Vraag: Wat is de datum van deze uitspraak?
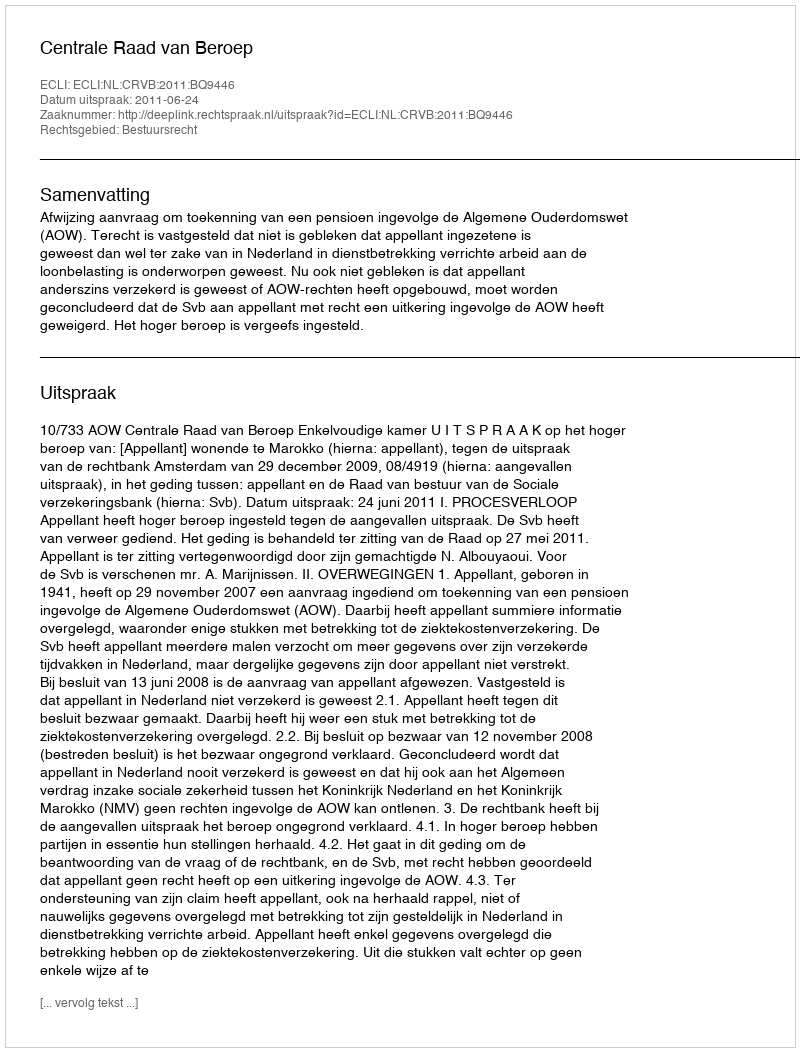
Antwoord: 2011-06-24